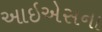
આઇએસના